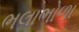
ભલાભોળા